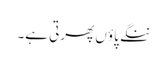
ننگے پاؤں پھرتی ہے۔